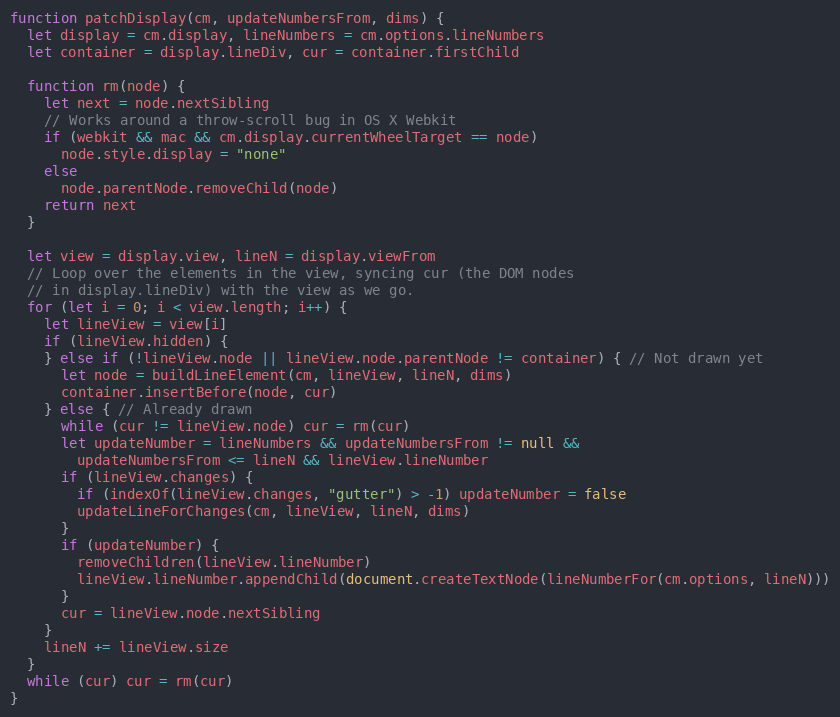
Language: JavaScript
function patchDisplay(cm, updateNumbersFrom, dims) {
  let display = cm.display, lineNumbers = cm.options.lineNumbers
  let container = display.lineDiv, cur = container.firstChild

  function rm(node) {
    let next = node.nextSibling
    // Works around a throw-scroll bug in OS X Webkit
    if (webkit && mac && cm.display.currentWheelTarget == node)
      node.style.display = "none"
    else
      node.parentNode.removeChild(node)
    return next
  }

  let view = display.view, lineN = display.viewFrom
  // Loop over the elements in the view, syncing cur (the DOM nodes
  // in display.lineDiv) with the view as we go.
  for (let i = 0; i < view.length; i++) {
    let lineView = view[i]
    if (lineView.hidden) {
    } else if (!lineView.node || lineView.node.parentNode != container) { // Not drawn yet
      let node = buildLineElement(cm, lineView, lineN, dims)
      container.insertBefore(node, cur)
    } else { // Already drawn
      while (cur != lineView.node) cur = rm(cur)
      let updateNumber = lineNumbers && updateNumbersFrom != null &&
        updateNumbersFrom <= lineN && lineView.lineNumber
      if (lineView.changes) {
        if (indexOf(lineView.changes, "gutter") > -1) updateNumber = false
        updateLineForChanges(cm, lineView, lineN, dims)
      }
      if (updateNumber) {
        removeChildren(lineView.lineNumber)
        lineView.lineNumber.appendChild(document.createTextNode(lineNumberFor(cm.options, lineN)))
      }
      cur = lineView.node.nextSibling
    }
    lineN += lineView.size
  }
  while (cur) cur = rm(cur)
}